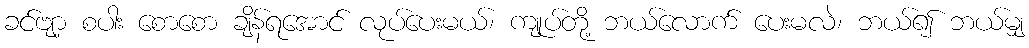
ခင်ဗျာ့ စပါး စောစော ချိန်ရအောင် လုပ်ပေးမယ်၊ ကျုပ်တို့ ဘယ်လောက် ပေးမလဲ၊ ဘယ်၍ ဘယ်မျှ